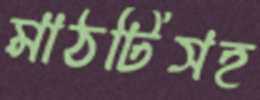
মাঠটিসহ